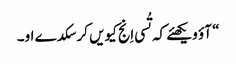
‏“‏ آؤ ویکھئے کہ تُسی اِنج کیویں کر سکدے او۔